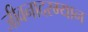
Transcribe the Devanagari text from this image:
जीवनादरम्यान